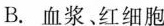
B.血浆、红细胞